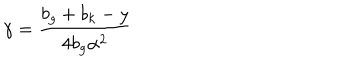
LaTeX: \gamma = \frac { b _ { g } + b _ { k } - y } { 4 b _ { g } \alpha ^ { 2 } }